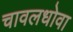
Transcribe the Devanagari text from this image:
चावलधोवा